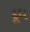
દૂધ